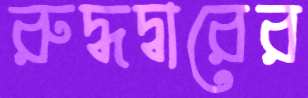
রুদ্ধদ্বারের